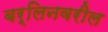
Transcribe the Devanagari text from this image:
बर्लिनवरील